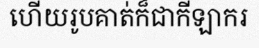
ហើយរូបគាត់ក៏ជាកីឡាករ